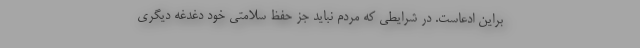
براین ادعاست. در شرایطی که مردم نباید جز حفظ سلامتی خود دغدغه دیگری